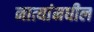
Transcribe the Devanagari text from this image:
नात्यांमधील